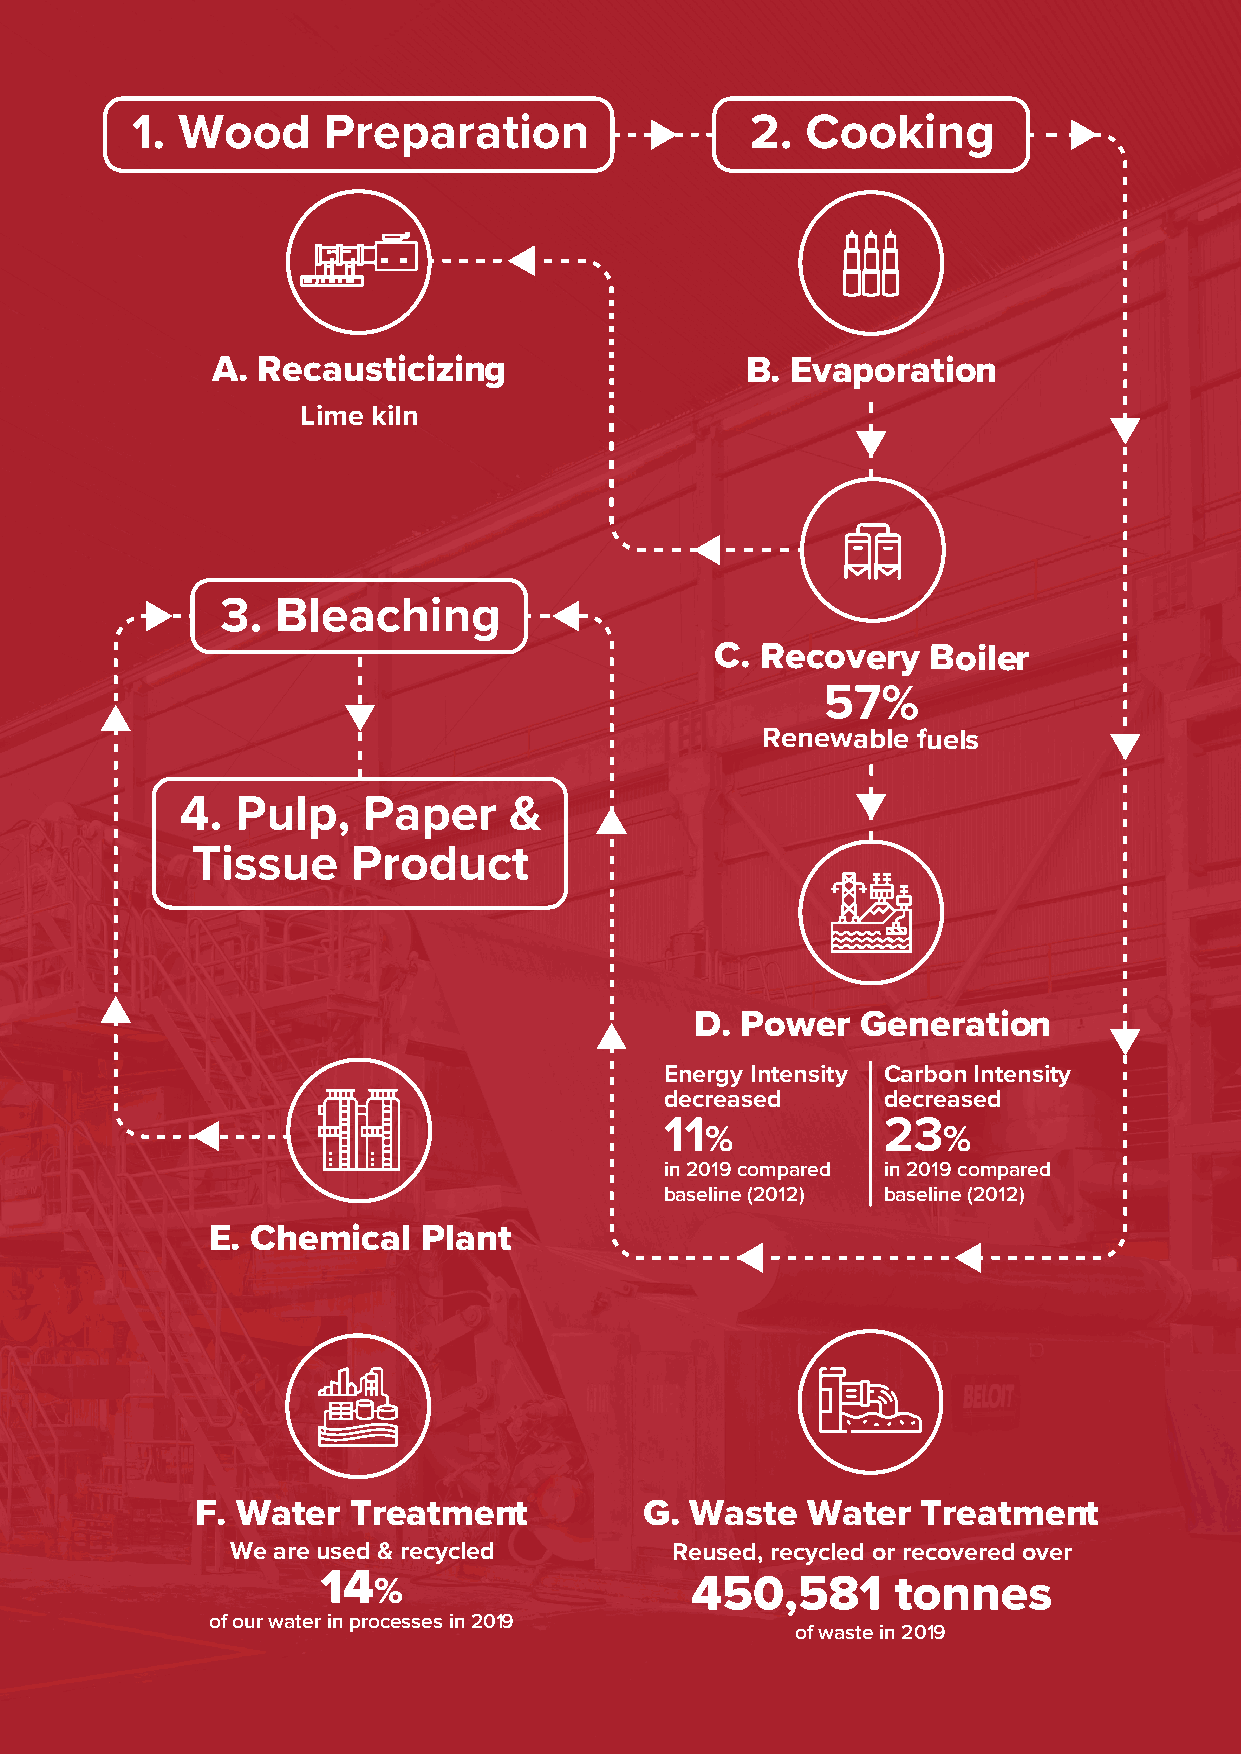
Section 3          Section 4           Section 5          Section 6
 Strategy           Production          Forest             People
 1. Wood     Preparation                  2. Cooking
 A. Recausticizing                  B. Evaporation
 Lime kiln
 3. Bleaching
 C. Recovery   Boiler
 57%
 Renewable  fuels
 4.  Pulp,   Paper     &
 Tissue    Product
 D. Power   Generation
 Energy Intensity Carbon Intensity
 decreased     decreased
 11            23
 %              %
 in 2019 compared in 2019 compared
 baseline (2012) baseline (2012)
 E. Chemical   Plant
 F. Water  Treatment           G. Waste  Water   Treatment
 We are used & recycled       Reused, recycled or recovered over
 14
 %                    450,581      tonnes
 of our water in processes in 2019
 of waste in 2019
 43